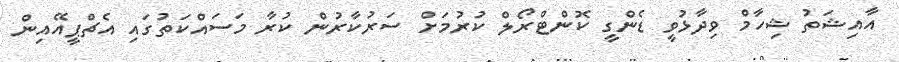
އާއިޝަތު ޝިހާމް ވިދާޅުވީ ޑެންގީ ކޮންޓްރޯލް ކުރުމަށް ސަރުކާރުން ކުރާ މަސައްކަތުގައި އެޗްޕީއޭއިން